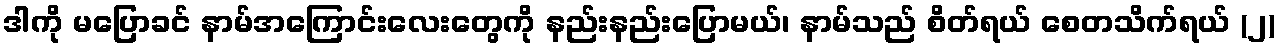
ဒါကို မပြောခင် နာမ်အကြောင်းလေးတွေကို နည်းနည်းပြောမယ်၊ နာမ်သည် စိတ်ရယ် စေတသိက်ရယ် (၂)